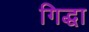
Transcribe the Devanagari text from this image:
गिद्धा